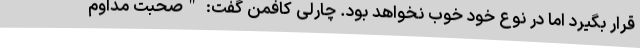
قرار بگیرد اما در نوع خود خوب نخواهد بود. چارلی کافمن گفت: "صحبت مداوم